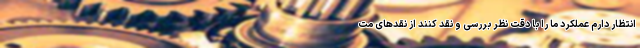
انتظار دارم عملکرد ما را با دقت نظر بررسی و نقد کنند از نقدهای مت